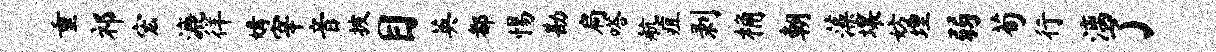
重祁宏漉徉媾宰音披目英都惕勘扃嗒航疽剥桷朝藻壤妨埋弱荀行漓了